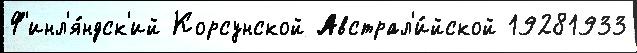
Ф'инл'я́ндск'ий Корсунской Австрал'и́йской 19281933